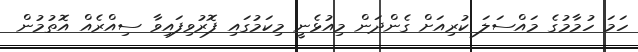
ހަމަ ހުމާމުގެ މައްސަލަ ކުރިއަށް ގެންދަން މިއުޅެނީ މިކަމުގައި ފޮރުވިފައިވާ ސިއްރެއް އޮތުމުން